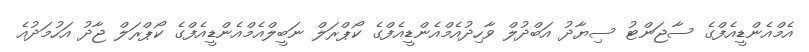
އެމްއެންޑީއެފްގެ ސާޖަންޓު ސިޔާދު އަބްދުލް ވާހިދުއެމްއެންޑީއެފްގެ ކޯޕްރަލް ނަބީލްއެމްއެންޑީއެފްގެ ކޯޕްރަލް ޖާދު އަހުމަދުއެ